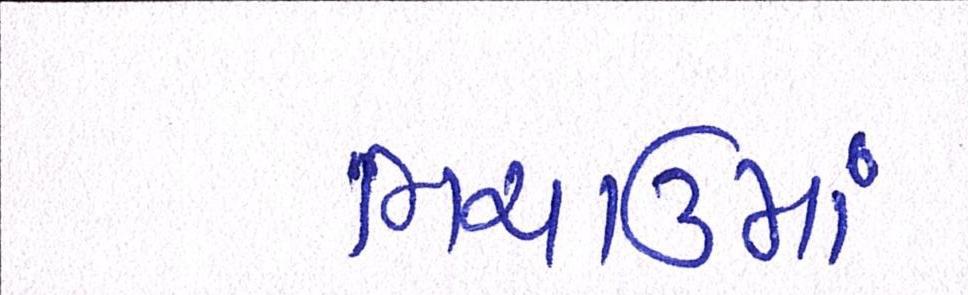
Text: ભચાઉમાં